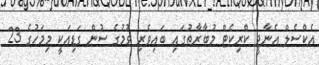
އެކްސެލް އެނާޖީ ކްރިކެޓް މުބާރާތުގައި ބައިވެރި ވުމުގެ ސުން ގަޑިއަކީ މިމަހުގެ 23